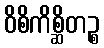
ဝိစိကိစ္ဆိတဉ္စ